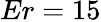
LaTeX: Er=15